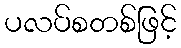
ပလပ်စတစ်ဖြင့်